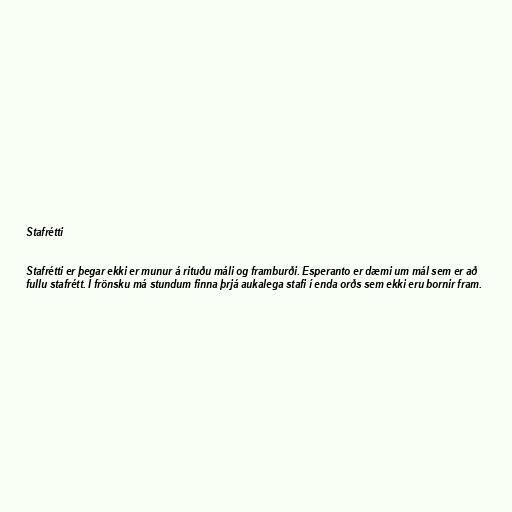
Stafrétti

Stafrétti er þegar ekki er munur á rituðu máli og framburði. Esperanto er dæmi um mál sem er að
fullu stafrétt. Í frönsku má stundum finna þrjá aukalega stafi í enda orðs sem ekki eru bornir fram.